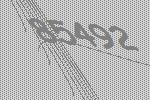
85492